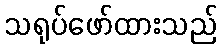
သရုပ်ဖော်ထားသည်